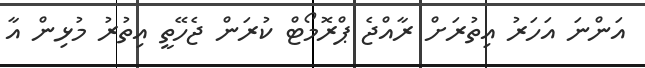
އަންނަ އަހަރު އިތުރަށް ރާއްޖެ ޕްރޮމޯޓް ކުރަން ޖެހޭތީ އިތުރު މުޅިން އާ